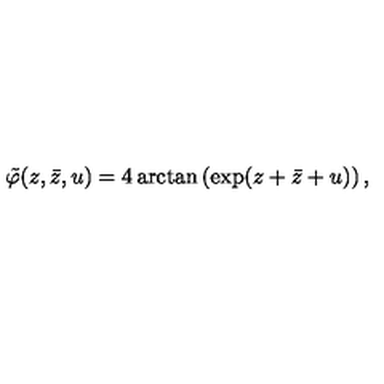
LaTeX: \tilde { \varphi } ( z , \bar { z } , u ) = 4 \arctan \left( \exp ( z + \bar { z } + u ) \right) ,